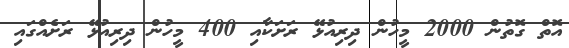
އޮތް ގޮތުން 2000 މީހުން ދިރިއުޅޭ ރަށަކާއި 400 މީހުން ދިރިއުޅޭ ރަށެއްގައި